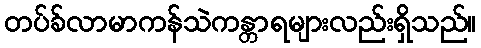
တပ်ခ်လာမာကန်သဲကန္တာရများလည်းရှိသည်။